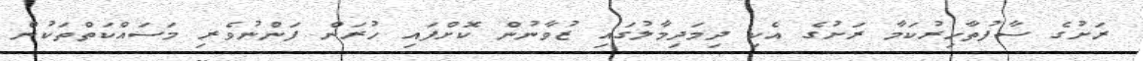
ރަށުގެ ސާފުތާހިރުކަމާ ރަށުގެ އެކި ދިމަދިމާލުގައި ޒުވާނުން ކޮށްފައި ހުރަން ފަންނުވެރި މަސައްކަތްތަކުން